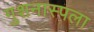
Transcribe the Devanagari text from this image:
गुशनास्पला